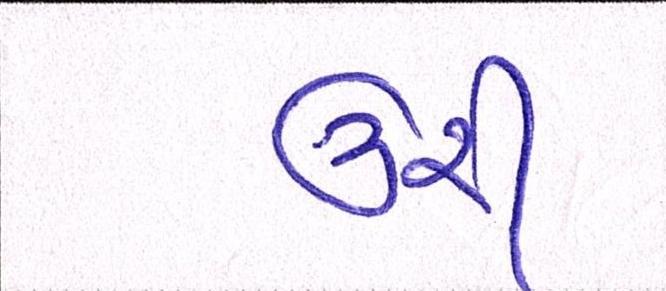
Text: ઉરી